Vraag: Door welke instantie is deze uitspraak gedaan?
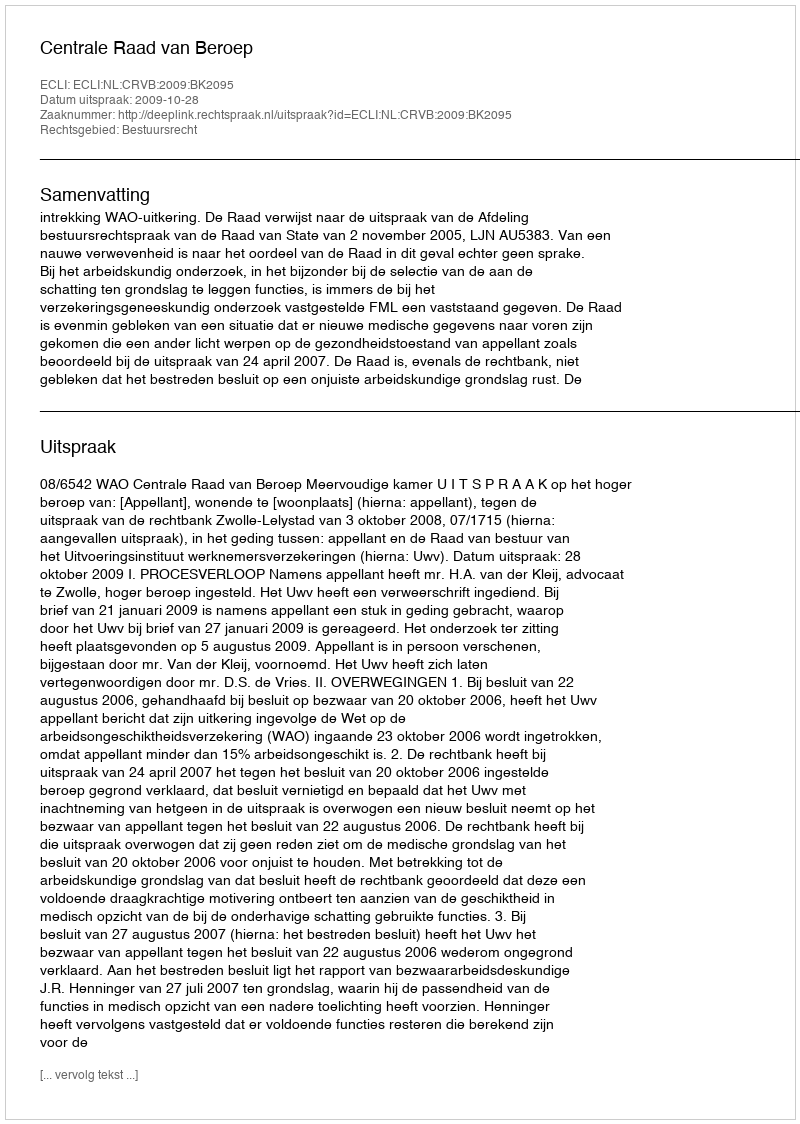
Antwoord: Centrale Raad van Beroep